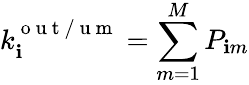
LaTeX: k_{\mathbf{i}}^{\mathrm{{~o~u~t~/~u~m~}}}=\sum_{m=1}^{M}P_{\mathbf{i}m}